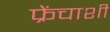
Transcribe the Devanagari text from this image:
फ्रेंचाशी